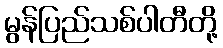
မွန်ပြည်သစ်ပါတီတို့